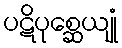
ပဋိပုစ္ဆေယျုံ